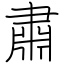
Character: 肅